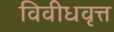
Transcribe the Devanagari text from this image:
विवीधवृत्त